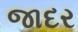
જાદર